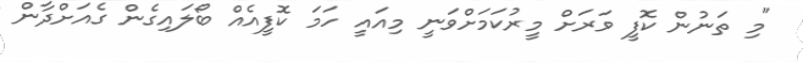
"މި ތަނުން ކޮފީ ވަރަށް މީރުކަމަށްވަނީ މިއައީ ހަމަ ކޮފީއެއް ބޯލައިގެން ގެއަށްދާން